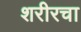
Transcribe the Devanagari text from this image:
शरीरचा